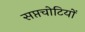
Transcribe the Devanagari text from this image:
सप्तचोटियों